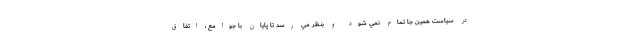
در سياست همين جا تمام نمي شود و بنظر مي رسد تا پايان با جوامع ، اتفاق